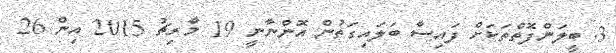
3. ބީލަންފޮތްތަކަށް ފައިސާ ބަލައިގަތުން އޮންނާނީ 19 މާރިޗު 2015 އިން 26